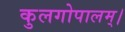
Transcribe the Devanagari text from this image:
कुलगोपालम्‌।